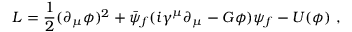
{ \cal L } = \frac { 1 } { 2 } ( \partial _ { \mu } \phi ) ^ { 2 } + \bar { \psi } _ { f } ( i \gamma ^ { \mu } \partial _ { \mu } - G \phi ) \psi _ { f } - U ( \phi ) ~ ,